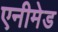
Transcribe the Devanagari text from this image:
एनीमेड